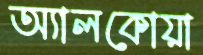
অ্যালকোয়া